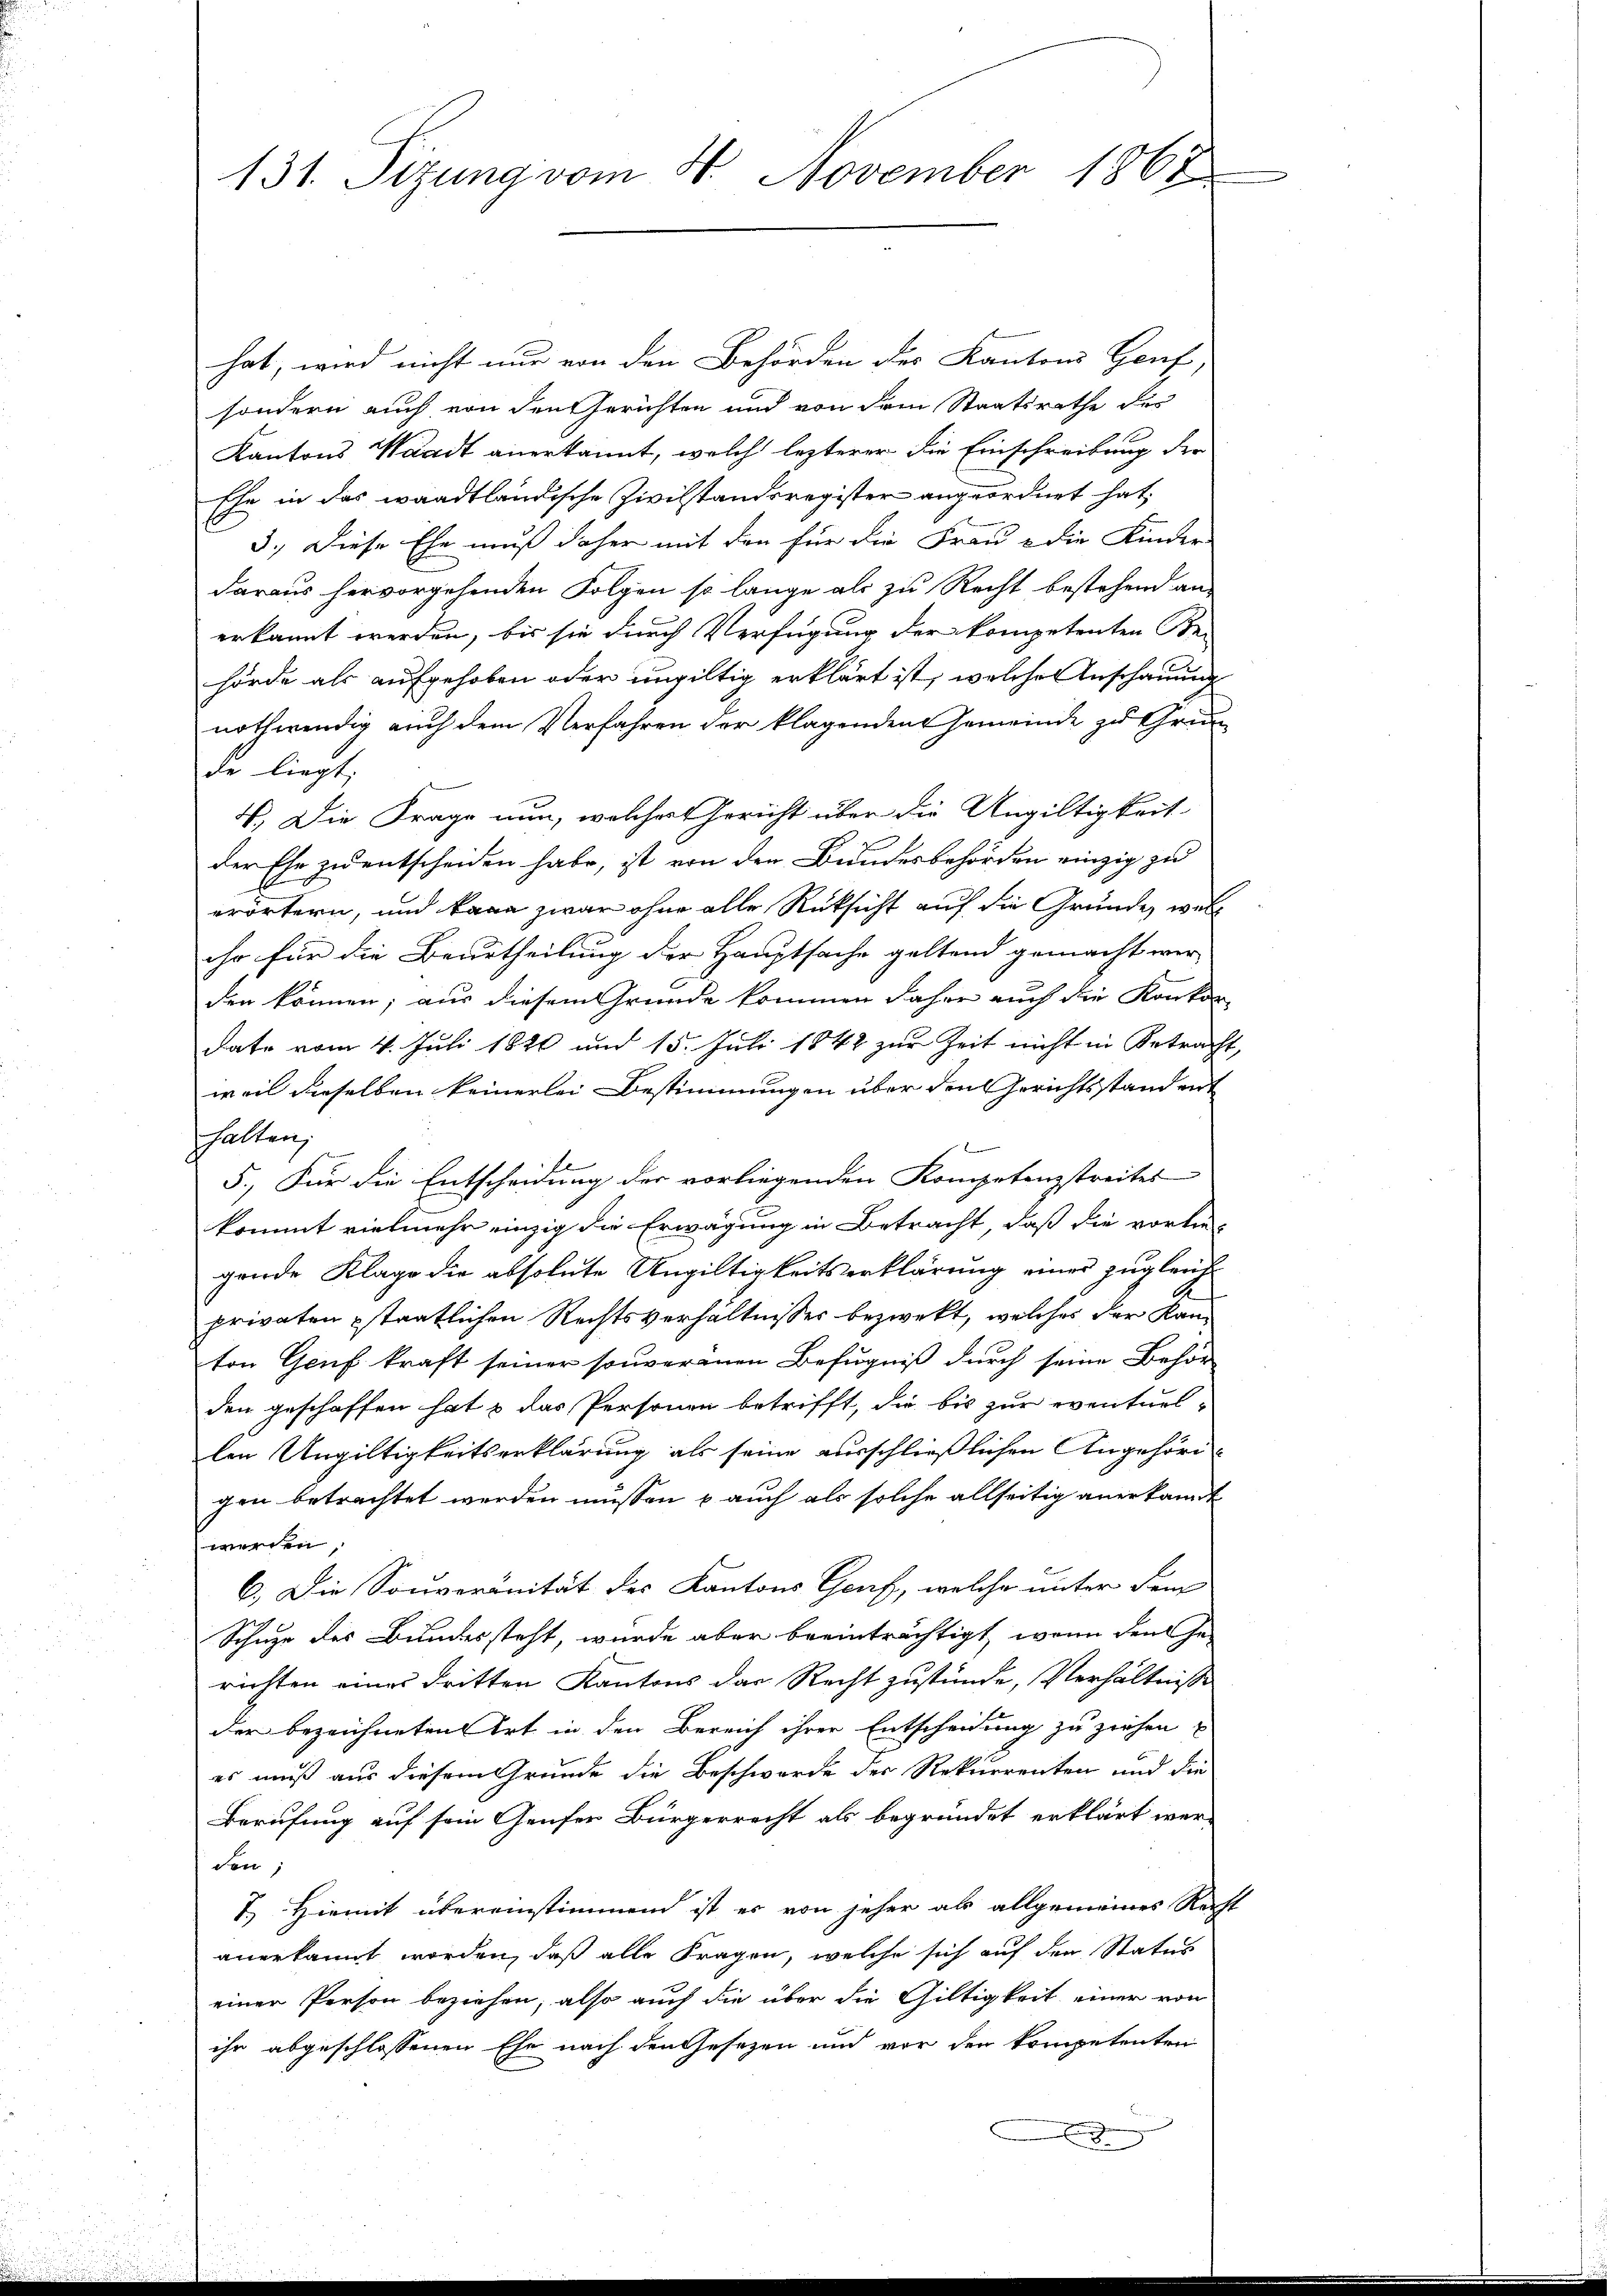
131. Sitzung vom 4. November 1868

hat, wird nicht nur von den Behörden der Kantons Genf
sondern auch von den Gerichten und von dem Staatsrathe der
Kantons Waadt anerkannt, welch lezterer die Einschreibung der
Ehe in das waadtländische Zivilstandsregister angeordnet hat,
3.) Diese Ehe muß daher mit den für die Frau & die Kinder
daraus hervorgehenden Folgen so lange als zu Recht bestehend an-
erkannt werden, bis sie durch Verfügung der kompetenten Be-
hörde als aufgehoben oder ungültig erklärt ist, welches Anschauung
nothwendig auch dem Verfahren der klagenden Gemeinde zu Grunde liegt,
4.) Die Frage nun, welchestericht über die Ungültigkeit
der Ehe zu entscheiden habe, ist von den Bundesbehörden einzig zu
erörtern, und kann zwar ohne alle Rüksicht auf die Gründe, welch
ihr für die Beurtheilung der Hauptsache geltend gemacht wir
den können; aus diesem Gründe kommen daher auch die Konkor-
dato vom 4. Juli 1820 und 15. Juli 1842 zur Zeit nicht in Betrach
weil dieselben keinerlei Bestimmungen über den Gerichtsstand ent
shalten,
f
5.) Für die Entscheidung der vorliegenden Kompetenzstreites
kommt vielmehr einzig die Erwägung in Betracht, daß die vorlie-
gründe Klage die absolute Angiltigkeitserklärung eines zugleich
privaten Estaatlichen Rechtsverhältnisses bezweckt, welches der Kanton Genf kraft seiner souveranen Befugniß durch seine Behör
den geschaffen hat & das Personen betrifft, die bis zur eventuel-
len Ungültigkeitserklärung als seine ausschließlichen Angehörigen betrachtet werden müssen u auch als solche allseitig anerkannt
werden
6. Die Souveränität des Kantons Genf, welche unter dem
Schuze des Bundessteht, wurde aber beeinträchtigt, wenn den Ge-
richten eines dritten Kantons das Recht zustünde, Verhältnisse
der bezeichneten Art in den Bereich ihrer Entscheidung zu ziehen
es muß aus diesem Grunde die Beschwerde der Rekurrenten und die
Berufung auf sein Genfer Bürgerrecht als begründet erklärt werden;
7.) Hiemit übereinstimmend ist es von jeher als allgemeines Rech
anerkannt worden, daß alle Fragen, welche sich auf den Status
einer Person beziehen, also auch die über die Gültigkeit einer von
ihr abgeschlossenen Ehe nach den Gesezen und vor den kompetenten
.

1